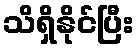
သိရှိနိုင်ပြီး